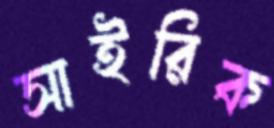
সাইরিক